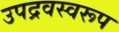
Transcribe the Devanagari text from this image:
उपद्रवस्वरूप